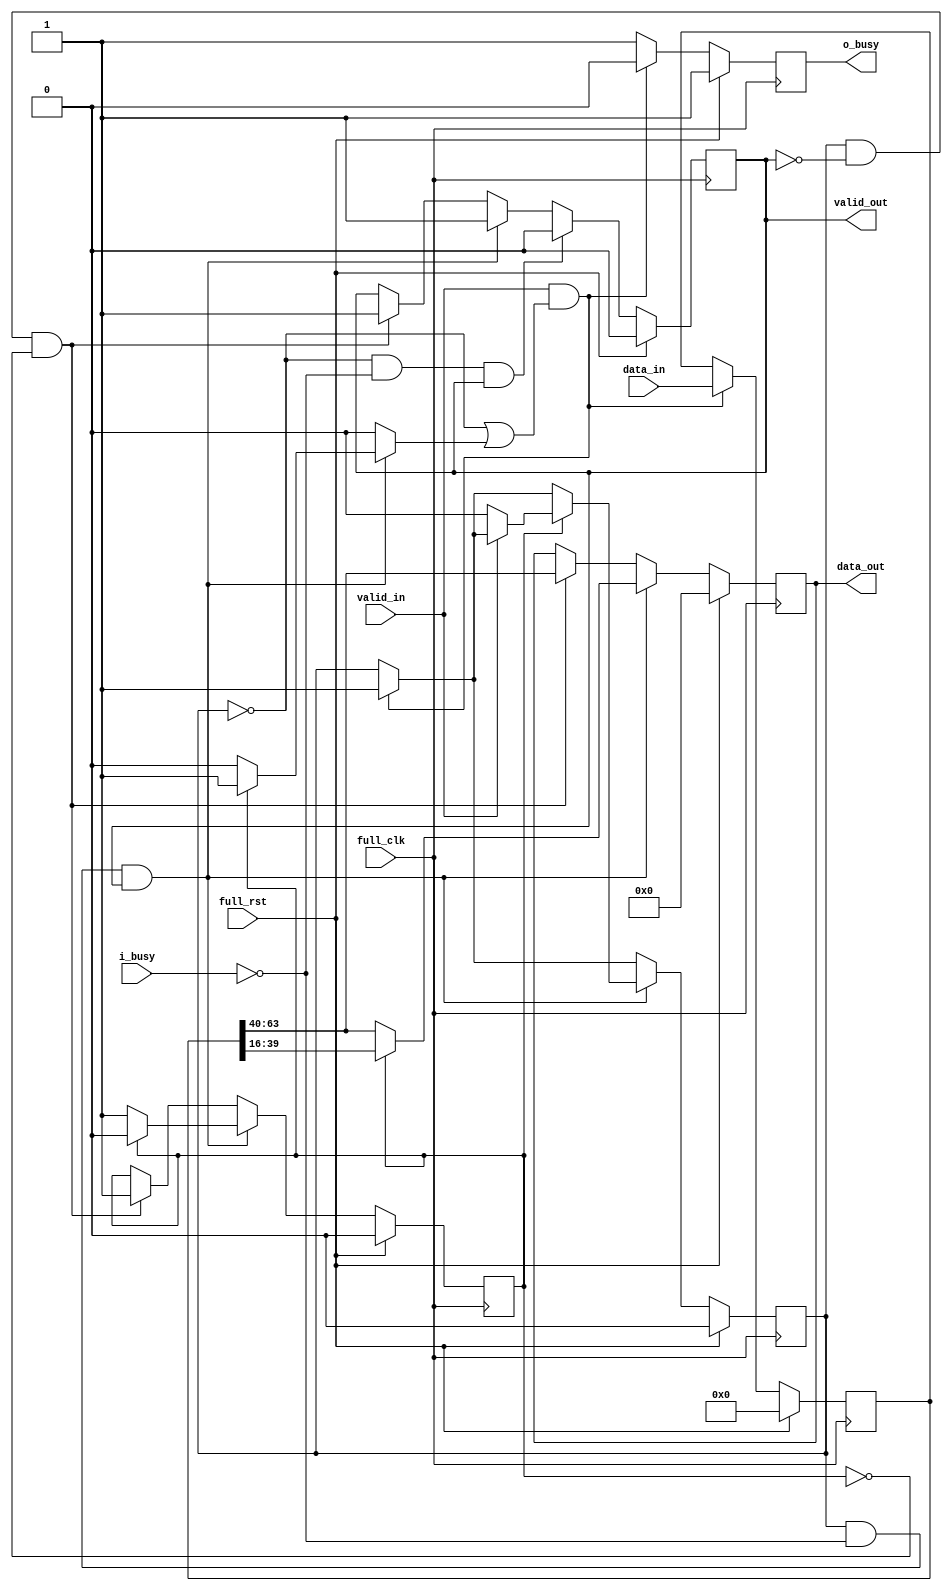
/* Generated by Yosys 0.8+     369 (git sha1 ea0e0722, clang 10.0.1 -fPIC -Os) */

(* \nmigen.hierarchy  = "top" *)
(* top =  1  *)
(* generator = "nMigen" *)
module top(valid_in, data_in, i_busy, full_rst, valid_out, o_busy, data_out, full_clk);
  wire \$1 ;
  wire \$101 ;
  wire \$103 ;
  wire \$105 ;
  wire \$107 ;
  wire \$109 ;
  wire \$11 ;
  wire \$111 ;
  wire \$113 ;
  wire \$115 ;
  wire \$117 ;
  wire \$119 ;
  wire \$121 ;
  wire \$123 ;
  wire \$125 ;
  wire \$127 ;
  wire \$129 ;
  wire \$13 ;
  wire \$131 ;
  wire \$15 ;
  wire \$17 ;
  wire \$19 ;
  wire \$21 ;
  wire \$23 ;
  wire \$25 ;
  wire \$27 ;
  wire \$29 ;
  wire \$3 ;
  wire \$31 ;
  wire \$33 ;
  wire \$35 ;
  wire \$37 ;
  wire \$39 ;
  wire \$41 ;
  wire \$43 ;
  wire \$45 ;
  wire \$47 ;
  wire \$49 ;
  wire \$5 ;
  wire \$51 ;
  wire \$53 ;
  wire \$55 ;
  wire \$57 ;
  wire \$59 ;
  wire \$61 ;
  wire \$63 ;
  wire \$65 ;
  wire \$67 ;
  wire \$69 ;
  wire \$7 ;
  wire \$71 ;
  wire \$73 ;
  wire \$75 ;
  wire \$77 ;
  wire \$79 ;
  wire \$81 ;
  wire \$83 ;
  wire \$85 ;
  wire \$87 ;
  wire \$89 ;
  wire \$9 ;
  wire \$91 ;
  wire \$93 ;
  wire \$95 ;
  wire \$97 ;
  wire \$99 ;
  (* src = "clk_domains.py:5" *)
  reg \$next\clk ;
  (* src = "b64_b32_2.py:42" *)
  reg [23:0] \$next\data_out ;
  (* src = "b64_b32_2.py:65" *)
  reg \$next\half_latched ;
  (* src = "b64_b32_2.py:48" *)
  reg \$next\o_busy ;
  (* src = "b64_b32_2.py:62" *)
  reg [63:0] \$next\reg ;
  (* src = "b64_b32_2.py:64" *)
  reg \$next\reg_tobe_invalid ;
  (* src = "b64_b32_2.py:63" *)
  reg \$next\reg_valid ;
  (* src = "b64_b32_2.py:46" *)
  reg \$next\valid_out ;
  (* src = "b64_b32_2.py:68" *)
  reg \$next\wire_obusy ;
  (* src = "clk_domains.py:5" *)
  wire clk;
  (* src = "b64_b32_2.py:39" *)
  input [63:0] data_in;
  (* init = 24'h000000 *)
  (* src = "b64_b32_2.py:42" *)
  output [23:0] data_out;
  reg [23:0] data_out = 24'h000000;
  (* src = "clk_domains.py:4" *)
  input full_clk;
  (* src = "clk_domains.py:4" *)
  input full_rst;
  (* init = 1'h0 *)
  (* src = "b64_b32_2.py:65" *)
  reg half_latched = 1'h0;
  (* src = "b64_b32_2.py:49" *)
  input i_busy;
  (* init = 1'h1 *)
  (* src = "b64_b32_2.py:48" *)
  output o_busy;
  reg o_busy = 1'h1;
  (* init = 64'h0000000000000000 *)
  (* src = "b64_b32_2.py:62" *)
  reg [63:0] \reg  = 64'h0000000000000000;
  (* src = "b64_b32_2.py:64" *)
  wire reg_tobe_invalid;
  (* init = 1'h0 *)
  (* src = "b64_b32_2.py:63" *)
  reg reg_valid = 1'h0;
  (* src = "b64_b32_2.py:45" *)
  input valid_in;
  (* init = 1'h0 *)
  (* src = "b64_b32_2.py:46" *)
  output valid_out;
  reg valid_out = 1'h0;
  (* src = "b64_b32_2.py:68" *)
  wire wire_obusy;
  assign \$9  = \$5  & (* src = "b64_b32_2.py:100" *) \$7 ;
  assign \$99  = half_latched == (* src = "b64_b32_2.py:101" *) 1'h1;
  assign \$101  = reg_valid == (* src = "b64_b32_2.py:125" *) 1'h0;
  assign \$103  = i_busy == (* src = "b64_b32_2.py:125" *) 1'h0;
  assign \$105  = \$101  & (* src = "b64_b32_2.py:125" *) \$103 ;
  assign \$107  = valid_out == (* src = "b64_b32_2.py:125" *) 1'h1;
  assign \$109  = \$105  & (* src = "b64_b32_2.py:125" *) \$107 ;
  assign \$111  = reg_valid == (* src = "b64_b32_2.py:91" *) 1'h1;
  assign \$113  = valid_out == (* src = "b64_b32_2.py:91" *) 1'h0;
  assign \$115  = \$111  & (* src = "b64_b32_2.py:91" *) \$113 ;
  assign \$117  = half_latched == (* src = "b64_b32_2.py:91" *) 1'h0;
  assign \$11  = half_latched == (* src = "b64_b32_2.py:101" *) 1'h1;
  assign \$119  = \$115  & (* src = "b64_b32_2.py:91" *) \$117 ;
  assign \$121  = reg_valid == (* src = "b64_b32_2.py:100" *) 1'h1;
  assign \$123  = i_busy == (* src = "b64_b32_2.py:100" *) 1'h0;
  assign \$125  = \$121  & (* src = "b64_b32_2.py:100" *) \$123 ;
  assign \$127  = valid_out == (* src = "b64_b32_2.py:100" *) 1'h1;
  assign \$129  = \$125  & (* src = "b64_b32_2.py:100" *) \$127 ;
  assign \$131  = half_latched == (* src = "b64_b32_2.py:101" *) 1'h1;
  assign \$13  = valid_in == (* src = "b64_b32_2.py:80" *) 1'h1;
  assign \$15  = reg_valid == (* src = "b64_b32_2.py:80" *) 1'h0;
  assign \$17  = reg_tobe_invalid == (* src = "b64_b32_2.py:80" *) 1'h1;
  assign \$1  = reg_valid == (* src = "b64_b32_2.py:100" *) 1'h1;
  assign \$19  = \$15  | (* src = "b64_b32_2.py:80" *) \$17 ;
  assign \$21  = \$13  & (* src = "b64_b32_2.py:80" *) \$19 ;
  assign \$23  = valid_in == (* src = "b64_b32_2.py:80" *) 1'h1;
  assign \$25  = reg_valid == (* src = "b64_b32_2.py:80" *) 1'h0;
  assign \$27  = reg_tobe_invalid == (* src = "b64_b32_2.py:80" *) 1'h1;
  assign \$29  = \$25  | (* src = "b64_b32_2.py:80" *) \$27 ;
  assign \$31  = \$23  & (* src = "b64_b32_2.py:80" *) \$29 ;
  assign \$33  = valid_in == (* src = "b64_b32_2.py:80" *) 1'h1;
  assign \$35  = reg_valid == (* src = "b64_b32_2.py:80" *) 1'h0;
  assign \$37  = reg_tobe_invalid == (* src = "b64_b32_2.py:80" *) 1'h1;
  assign \$3  = i_busy == (* src = "b64_b32_2.py:100" *) 1'h0;
  assign \$39  = \$35  | (* src = "b64_b32_2.py:80" *) \$37 ;
  assign \$41  = \$33  & (* src = "b64_b32_2.py:80" *) \$39 ;
  assign \$43  = reg_valid == (* src = "b64_b32_2.py:100" *) 1'h1;
  assign \$45  = i_busy == (* src = "b64_b32_2.py:100" *) 1'h0;
  assign \$47  = \$43  & (* src = "b64_b32_2.py:100" *) \$45 ;
  assign \$49  = valid_out == (* src = "b64_b32_2.py:100" *) 1'h1;
  assign \$51  = \$47  & (* src = "b64_b32_2.py:100" *) \$49 ;
  assign \$53  = half_latched == (* src = "b64_b32_2.py:101" *) 1'h1;
  assign \$55  = valid_in == (* src = "b64_b32_2.py:112" *) 1'h0;
  assign \$57  = reg_valid == (* src = "b64_b32_2.py:91" *) 1'h1;
  assign \$5  = \$1  & (* src = "b64_b32_2.py:100" *) \$3 ;
  assign \$59  = valid_out == (* src = "b64_b32_2.py:91" *) 1'h0;
  assign \$61  = \$57  & (* src = "b64_b32_2.py:91" *) \$59 ;
  assign \$63  = half_latched == (* src = "b64_b32_2.py:91" *) 1'h0;
  assign \$65  = \$61  & (* src = "b64_b32_2.py:91" *) \$63 ;
  assign \$67  = reg_valid == (* src = "b64_b32_2.py:100" *) 1'h1;
  assign \$69  = i_busy == (* src = "b64_b32_2.py:100" *) 1'h0;
  assign \$71  = \$67  & (* src = "b64_b32_2.py:100" *) \$69 ;
  assign \$73  = valid_out == (* src = "b64_b32_2.py:100" *) 1'h1;
  assign \$75  = \$71  & (* src = "b64_b32_2.py:100" *) \$73 ;
  assign \$77  = half_latched == (* src = "b64_b32_2.py:101" *) 1'h1;
  assign \$7  = valid_out == (* src = "b64_b32_2.py:100" *) 1'h1;
  assign \$79  = reg_valid == (* src = "b64_b32_2.py:91" *) 1'h1;
  assign \$81  = valid_out == (* src = "b64_b32_2.py:91" *) 1'h0;
  assign \$83  = \$79  & (* src = "b64_b32_2.py:91" *) \$81 ;
  assign \$85  = half_latched == (* src = "b64_b32_2.py:91" *) 1'h0;
  assign \$87  = \$83  & (* src = "b64_b32_2.py:91" *) \$85 ;
  assign \$89  = reg_valid == (* src = "b64_b32_2.py:100" *) 1'h1;
  assign \$91  = i_busy == (* src = "b64_b32_2.py:100" *) 1'h0;
  assign \$93  = \$89  & (* src = "b64_b32_2.py:100" *) \$91 ;
  assign \$95  = valid_out == (* src = "b64_b32_2.py:100" *) 1'h1;
  assign \$97  = \$93  & (* src = "b64_b32_2.py:100" *) \$95 ;
  always @(posedge full_clk)
      half_latched <= \$next\half_latched ;
  always @(posedge full_clk)
      valid_out <= \$next\valid_out ;
  always @(posedge full_clk)
      data_out <= \$next\data_out ;
  always @(posedge full_clk)
      reg_valid <= \$next\reg_valid ;
  always @(posedge full_clk)
      \reg  <= \$next\reg ;
  always @(posedge full_clk)
      o_busy <= \$next\o_busy ;
  always @* begin
    \$next\clk  = 1'h0;
    \$next\clk  = full_clk;
  end
  always @* begin
    \$next\o_busy  = o_busy;
    \$next\o_busy  = wire_obusy;
    casez (full_rst)
      1'h1:
          \$next\o_busy  = 1'h1;
    endcase
  end
  always @* begin
    \$next\reg_tobe_invalid  = 1'h0;
    \$next\reg_tobe_invalid  = 1'h0;
    casez (\$9 )
      1'h1:
          casez (\$11 )
            1'h1:
                \$next\reg_tobe_invalid  = 1'h1;
          endcase
    endcase
  end
  always @* begin
    \$next\wire_obusy  = 1'h0;
    \$next\wire_obusy  = 1'h1;
    casez (\$21 )
      1'h1:
          \$next\wire_obusy  = 1'h0;
    endcase
  end
  always @* begin
    \$next\reg  = \reg ;
    casez (\$31 )
      1'h1:
          \$next\reg  = data_in;
    endcase
    casez (full_rst)
      1'h1:
          \$next\reg  = 64'h0000000000000000;
    endcase
  end
  always @* begin
    \$next\reg_valid  = reg_valid;
    casez (\$41 )
      1'h1:
          \$next\reg_valid  = 1'h1;
    endcase
    casez (\$51 )
      1'h1:
          casez (\$53 )
            1'h1:
                casez (\$55 )
                  1'h1:
                      \$next\reg_valid  = 1'h0;
                endcase
          endcase
    endcase
    casez (full_rst)
      1'h1:
          \$next\reg_valid  = 1'h0;
    endcase
  end
  always @* begin
    \$next\data_out  = data_out;
    casez (\$65 )
      1'h1:
          \$next\data_out  = \reg [63:40];
    endcase
    casez (\$75 )
      1'h1:
          casez (\$77 )
            1'h1:
                \$next\data_out  = \reg [39:16];
            1'hz:
                \$next\data_out  = \reg [63:40];
          endcase
    endcase
    casez (full_rst)
      1'h1:
          \$next\data_out  = 24'h000000;
    endcase
  end
  always @* begin
    \$next\valid_out  = valid_out;
    casez (\$87 )
      1'h1:
          \$next\valid_out  = 1'h1;
    endcase
    casez (\$97 )
      1'h1:
          casez (\$99 )
            1'h1:
                \$next\valid_out  = 1'h1;
            1'hz:
                \$next\valid_out  = 1'h1;
          endcase
    endcase
    casez (\$109 )
      1'h1:
          \$next\valid_out  = 1'h0;
    endcase
    casez (full_rst)
      1'h1:
          \$next\valid_out  = 1'h0;
    endcase
  end
  always @* begin
    \$next\half_latched  = half_latched;
    casez (\$119 )
      1'h1:
          \$next\half_latched  = 1'h1;
    endcase
    casez (\$129 )
      1'h1:
          casez (\$131 )
            1'h1:
                \$next\half_latched  = 1'h0;
            1'hz:
                \$next\half_latched  = 1'h1;
          endcase
    endcase
    casez (full_rst)
      1'h1:
          \$next\half_latched  = 1'h0;
    endcase
  end
  assign wire_obusy = \$next\wire_obusy ;
  assign reg_tobe_invalid = \$next\reg_tobe_invalid ;
  assign clk = \$next\clk ;
endmodule